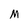
Character: M